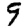
Digit: 9